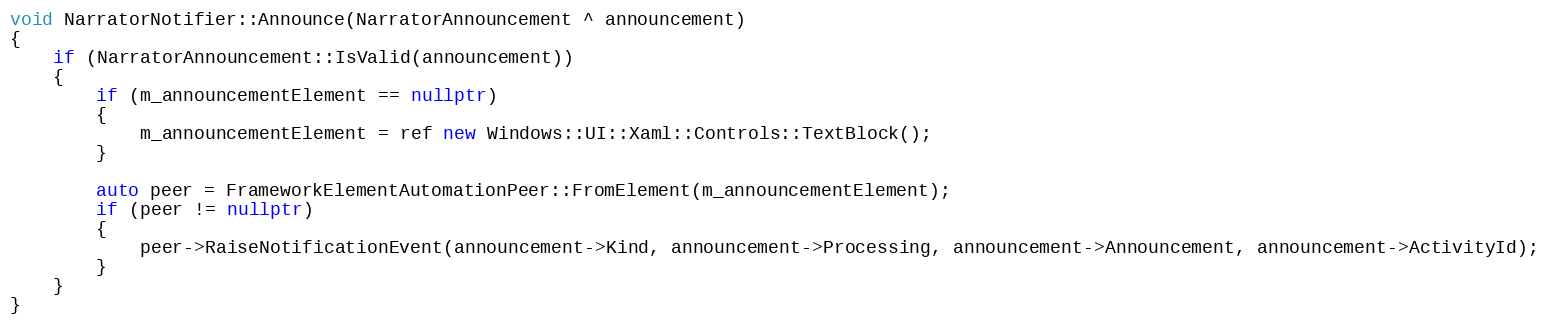
Language: C++
void NarratorNotifier::Announce(NarratorAnnouncement ^ announcement)
{
    if (NarratorAnnouncement::IsValid(announcement))
    {
        if (m_announcementElement == nullptr)
        {
            m_announcementElement = ref new Windows::UI::Xaml::Controls::TextBlock();
        }

        auto peer = FrameworkElementAutomationPeer::FromElement(m_announcementElement);
        if (peer != nullptr)
        {
            peer->RaiseNotificationEvent(announcement->Kind, announcement->Processing, announcement->Announcement, announcement->ActivityId);
        }
    }
}